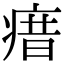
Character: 瘄